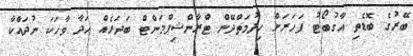
ބޭރުގެ ބޮޑެތި އާގުބޯޓު ފަހަރަށް ހިދުމަތްދޭން ޓްރާންޝިޕްމަންޓް ބަދަރެއް ހަދާ ވާހަކަ ނުދައްކާ